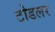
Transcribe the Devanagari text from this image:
टोडलर